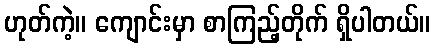
ဟုတ်ကဲ့။ ကျောင်းမှာ စာကြည့်တိုက် ရှိပါတယ်။